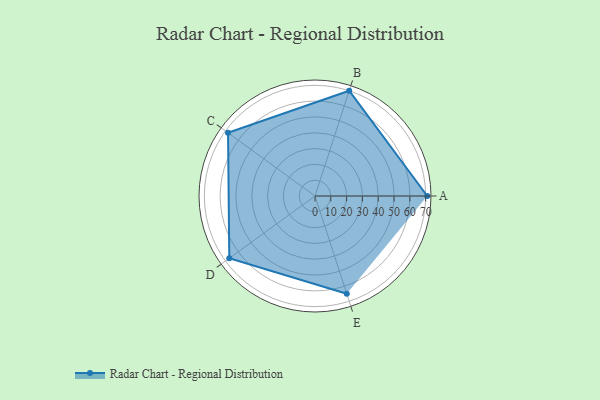
{"axis": {"x": "Skill", "y": "Score"}, "legend": ["Profile"], "data": [{"x": "A", "y": 71.0, "type": "Profile"}, {"x": "B", "y": 70.0, "type": "Profile"}, {"x": "C", "y": 68.0, "type": "Profile"}, {"x": "D", "y": 67.0, "type": "Profile"}, {"x": "E", "y": 65.0, "type": "Profile"}]}